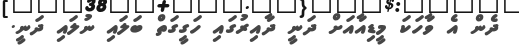
ދެން އެ ވާހަކަ މީޑިއާއަށް ދަނީ ދާއިރުގައި ހަގީގަތް ބަލައި ނުލައި ދަނީ.